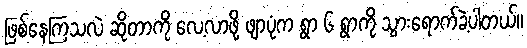
ဖြစ်နေကြသလဲ ဆိုတာကို လေ့လာဖို့ ဖျာပုံက ရွာ ၆ ရွာကို သွားရောက်ခဲ့ပါတယ်။